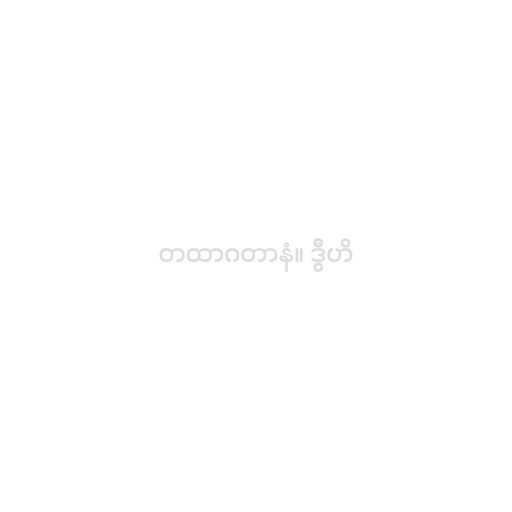
တထာဂတာနံ။ ဒွီဟိ